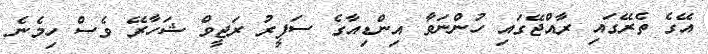
އޭގެ ތެރޭގައި ރާއްޖޭގައި ހުންނަވާ އިންޑިއާގެ ސަފީރު ރަޖީވް ޝަހާރޭ ވެސް ހިމެނެ